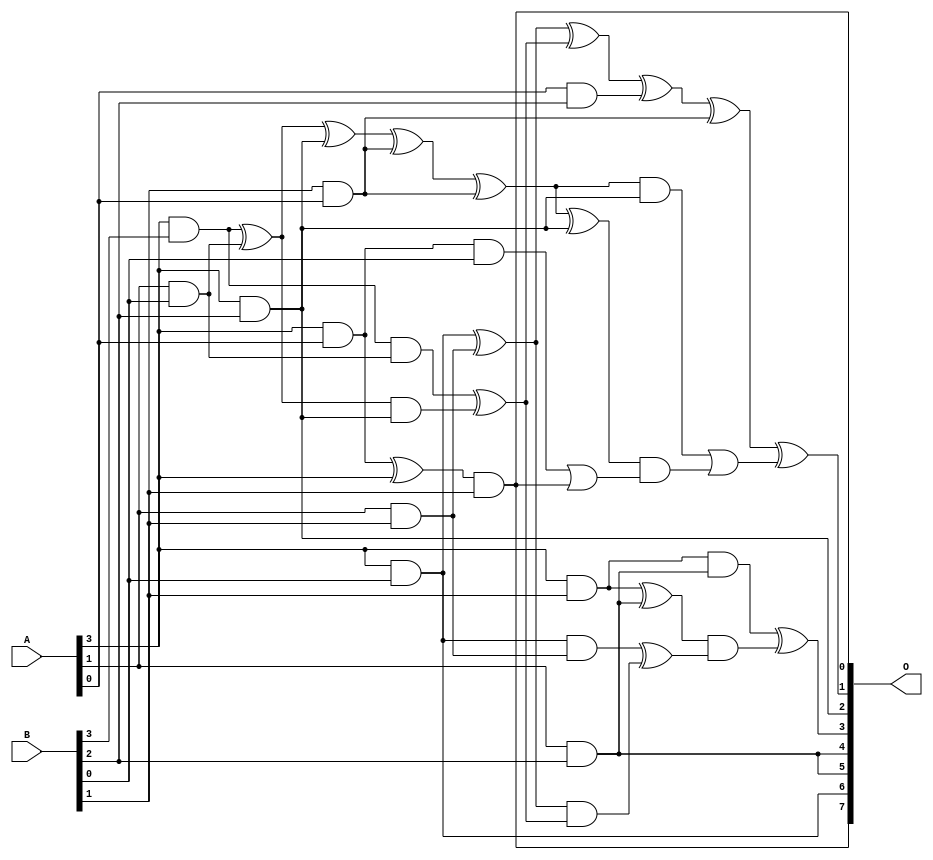
module mul7u_09Y(A, B, O);
  input [3:0] A, B;
  output [7:0] O;
  wire [3:0] A, B;
  wire [7:0] O;
  wire sig_83, sig_113, sig_119, sig_144, sig_145, sig_146;
  wire sig_147, sig_148, sig_149, sig_150, sig_155, sig_156;
  wire sig_157, sig_172, sig_173, sig_174, sig_177, sig_178;
  wire sig_179, sig_181, sig_182, sig_183, sig_184, sig_185;
  wire sig_186, sig_187, sig_191, sig_192, sig_193, sig_206;
  wire sig_209, sig_210, sig_211, sig_212, sig_213, sig_214;
  wire sig_215, sig_216, sig_217, sig_218, sig_219, sig_220;
  wire sig_221, sig_222, sig_223, sig_231, sig_232, sig_233;
  wire sig_234, sig_236, sig_238, sig_239, sig_241, sig_242;
  wire sig_243, sig_244, sig_246, sig_247, sig_248, sig_249;
  assign sig_83 = A[3] & B[3];
  assign sig_113 = A[3] & B[2];
  assign sig_119 = A[1] & B[0];
  assign O[6] = A[3] & B[0];
  assign sig_144 = A[3] & A[0];
  assign sig_145 = B[1] & A[0];
  assign sig_146 = sig_83 ^ sig_119;
  assign sig_147 = sig_83 & sig_119;
  assign sig_148 = sig_146 & sig_113;
  assign sig_149 = sig_146 ^ sig_113;
  assign sig_150 = sig_147 ^ sig_148;
  assign sig_155 = A[0] & B[1];
  assign sig_156 = A[1] & B[1];
  assign sig_157 = A[3] & B[1];
  assign sig_172 = B[2] & A[2];
  assign sig_173 = sig_144 ^ A[3];
  assign sig_174 = sig_144 & B[0];
  assign O[0] = sig_173 & B[1];
  assign sig_177 = sig_174 | O[0];
  assign sig_178 = sig_149 ^ sig_155;
  assign sig_179 = A[0] & B[1];
  assign sig_181 = sig_178 ^ sig_145;
  assign sig_182 = sig_179;
  assign sig_183 = O[6] ^ sig_156;
  assign sig_184 = O[6] & sig_156;
  assign sig_185 = sig_183 & sig_150;
  assign sig_186 = sig_183 ^ sig_150;
  assign sig_187 = sig_184 ^ sig_185;
  assign sig_191 = A[3] & B[2];
  assign sig_192 = A[0] & B[2];
  assign sig_193 = A[1] & B[2];
  assign O[2] = A[3] & B[2];
  assign O[4] = A[1] & B[2];
  assign sig_206 = A[1] & A[2];
  assign sig_209 = sig_206 & B[2];
  assign sig_210 = sig_181 ^ sig_191;
  assign sig_211 = sig_181 & sig_191;
  assign sig_212 = sig_210 & sig_177;
  assign sig_213 = sig_210 ^ sig_177;
  assign sig_214 = sig_211 | sig_212;
  assign sig_215 = sig_186 ^ sig_192;
  assign sig_216 = sig_186 & sig_192;
  assign sig_217 = sig_215 & sig_182;
  assign sig_218 = sig_215 ^ sig_182;
  assign sig_219 = sig_216 | sig_217;
  assign sig_220 = sig_157 ^ sig_193;
  assign sig_221 = sig_157 & sig_193;
  assign sig_222 = sig_220 & sig_187;
  assign sig_223 = sig_220 ^ sig_187;
  assign O[3] = sig_221 ^ sig_222;
  assign sig_231 = B[3] & A[1];
  assign sig_232 = sig_213 ^ sig_209;
  assign sig_233 = sig_213 & sig_209;
  assign sig_234 = sig_232 & sig_231;
  assign sig_236 = sig_233 | sig_234;
  assign O[1] = sig_218 ^ sig_214;
  assign sig_238 = sig_218 & sig_214;
  assign sig_239 = O[1] & sig_236;
  assign sig_241 = sig_238 ^ sig_239;
  assign sig_242 = sig_223 ^ sig_219;
  assign sig_243 = sig_223 & sig_219;
  assign sig_244 = sig_242 & sig_241;
  assign sig_246 = sig_243 | sig_244;
  assign sig_247 = O[2] ^ O[3];
  assign sig_248 = B[2] & O[3];
  assign sig_249 = sig_247 & sig_246;
  assign O[5] = O[4];
  assign O[7] = O[0];
endmodule